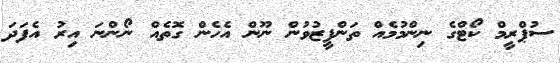
ސުޕްރީމް ކޯޓްގެ ނިންމުމެއް ތަންފީޒުވުން ނޫން އެހެން ގޮތެއް ނޯންނަ އިރު އެފަދަ